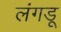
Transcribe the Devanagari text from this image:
लंगडू